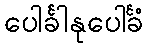
ပေါင်္ခါနုပေါင်္ခံ